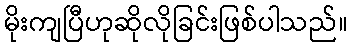
မိုးကျပြီဟုဆိုလိုခြင်းဖြစ်ပါသည်။